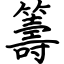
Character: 籌